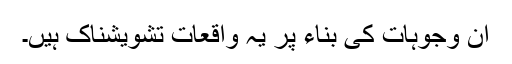
ان وجوہات کی بناء پر یہ واقعات تشویشناک ہیں۔